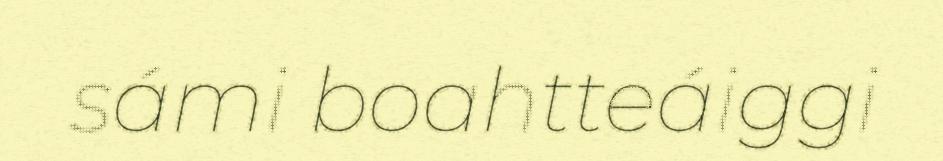
sámi boahtteáiggi